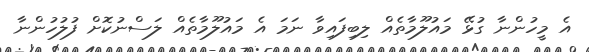
އެ މީހުންނާ ގުޅޭ މައުލޫމާތެއް ލިބިފައިވާ ނަމަ އެ މައުލޫމާތެއް ލަސްނުކޮށް ފުލުހުންނާ